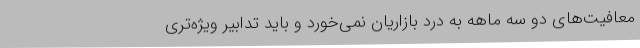
معافیت‌های دو سه ماهه به درد بازاریان نمی‌خورد و باید تدابیر ویژه‌تری